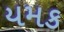
યમક